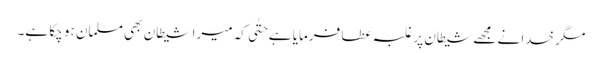
مگر خدا نے مجھے شیطان پر غلبہ عطا فرمایا ہے حتٰی کہ میرا شیطان بھی مسلمان ہو چکا ہے۔